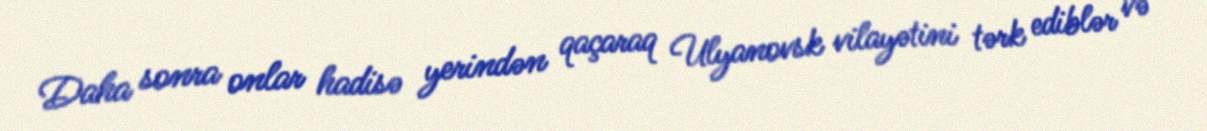
Daha sonra onlar hadisə yerindən qaçaraq Ulyanovsk vilayətini tərk ediblər və